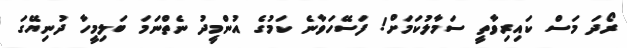
ރޯދަ މަސް ކައިރިވާތީ ސަމާލުކަމަށް! ފަސޭހަވާނެ ކަމުގެ އުންމީދު ނެތްނަމަ ބަލިމީހާ ދުނިޔޭގަ